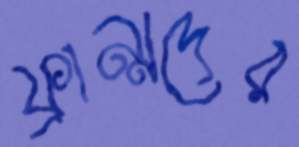
ফ্রান্সদের